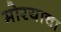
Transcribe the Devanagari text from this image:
मोरयाचा